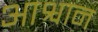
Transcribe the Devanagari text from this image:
आश्वान